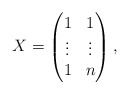
\begin{align*}X=\begin{pmatrix}1 & 1 \\\vdots & \vdots \\1 & n\end{pmatrix},\end{align*}